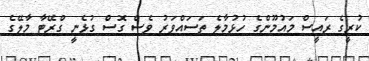
ކުރީގެ ރައީސް މައުމޫންގެ ހުޅުމާލެ ތަސައްވަރު ވެސް ގޮސް ގުޅެނީ ގްރޭޓާ މާލޭގެ